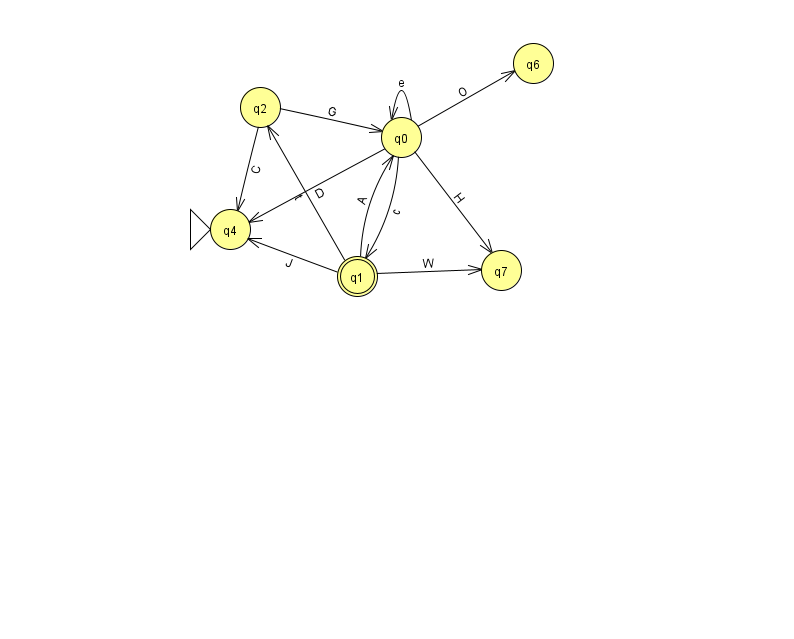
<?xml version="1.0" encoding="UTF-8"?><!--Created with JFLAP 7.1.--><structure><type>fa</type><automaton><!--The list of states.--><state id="0" name="q0"><x>401.0</x><y>124.0</y></state><state id="1" name="q1"><x>357.0</x><y>263.0</y><final/></state><state id="2" name="q2"><x>260.0</x><y>94.0</y></state><state id="4" name="q4"><x>230.0</x><y>216.0</y><initial/></state><state id="6" name="q6"><x>533.0</x><y>50.0</y></state><state id="7" name="q7"><x>501.0</x><y>257.0</y></state><!--The list of transitions.--><transition><from>2</from><to>0</to><read>G</read></transition><transition><from>0</from><to>4</to><read>D</read></transition><transition><from>1</from><to>4</to><read>J</read></transition><transition><from>0</from><to>0</to><read>e</read></transition><transition><from>2</from><to>4</to><read>C</read></transition><transition><from>0</from><to>7</to><read>H</read></transition><transition><from>1</from><to>7</to><read>W</read></transition><transition><from>1</from><to>2</to><read>t</read></transition><transition><from>0</from><to>1</to><read>c</read></transition><transition><from>0</from><to>6</to><read>O</read></transition><transition><from>1</from><to>0</to><read>A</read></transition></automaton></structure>